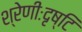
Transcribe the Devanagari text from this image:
श्रेणीःदृष्टि